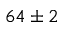
6 4 \pm 2